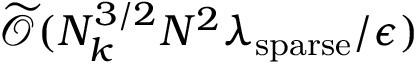
\widetilde { \mathcal { O } } ( N _ { k } ^ { 3 / 2 } N ^ { 2 } \lambda _ { \mathrm { s p a r s e } } / \epsilon )